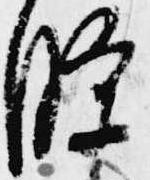
条